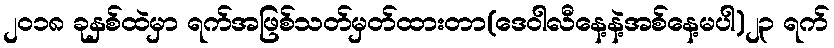
၂၀၁၈ ခုနှစ်ထဲမှာ ရက်အဖြစ်သတ်မှတ်ထားတာ(ဒေဝါလီနေ့နဲ့အစ်နေ့မပါ)၂၃ ရက်